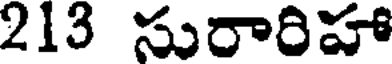
213 సురారిహా